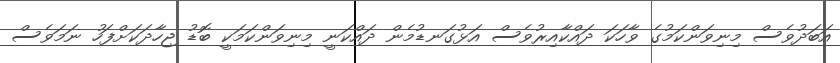
އަބަދުވެސް މިނިވަންކަމުގެ ވާހަކަ ދައްކާއިރުވެސް އަޅުގަނޑުމެން ދައްކަނީ މިނިވަންކަމަކީ ބޮޑު ޖިހާދަކަށްފަހު ނަމަވެސް